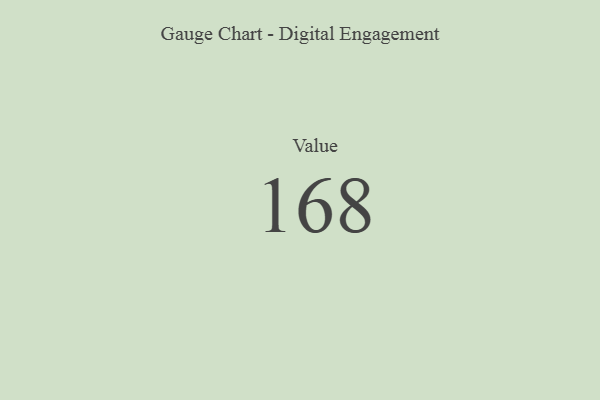
{"axis": {"x": "Metric", "y": "Value"}, "legend": [""], "data": [{"x": "Value", "y": 168, "type": ""}]}